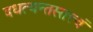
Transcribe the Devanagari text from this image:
दधत्यन्तस्तत्त्वं